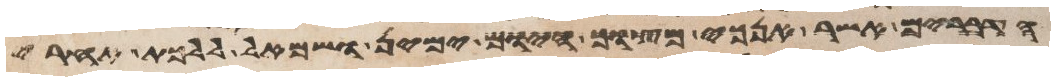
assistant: הדברים אשר אנכי מצוך היום ימין ושמאל ללכת אחרי